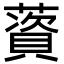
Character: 薋